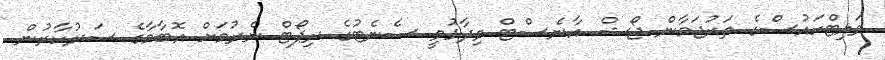
ވައިޓްހައުސްގެ ތަރުޖަމާން ޖޯޝް އާނެސްޓް ވިދާޅުވީ ސެނެޓުގެ ރިޕޯޓް ނެރުމަށް އޮބާމާގެ ސަރުކާރުން